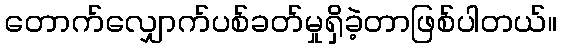
တောက်လျှောက်ပစ်ခတ်မှုရှိခဲ့တာဖြစ်ပါတယ်။